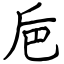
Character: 巵